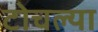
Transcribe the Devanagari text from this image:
टोचल्या